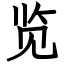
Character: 览